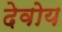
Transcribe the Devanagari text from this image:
देवोय